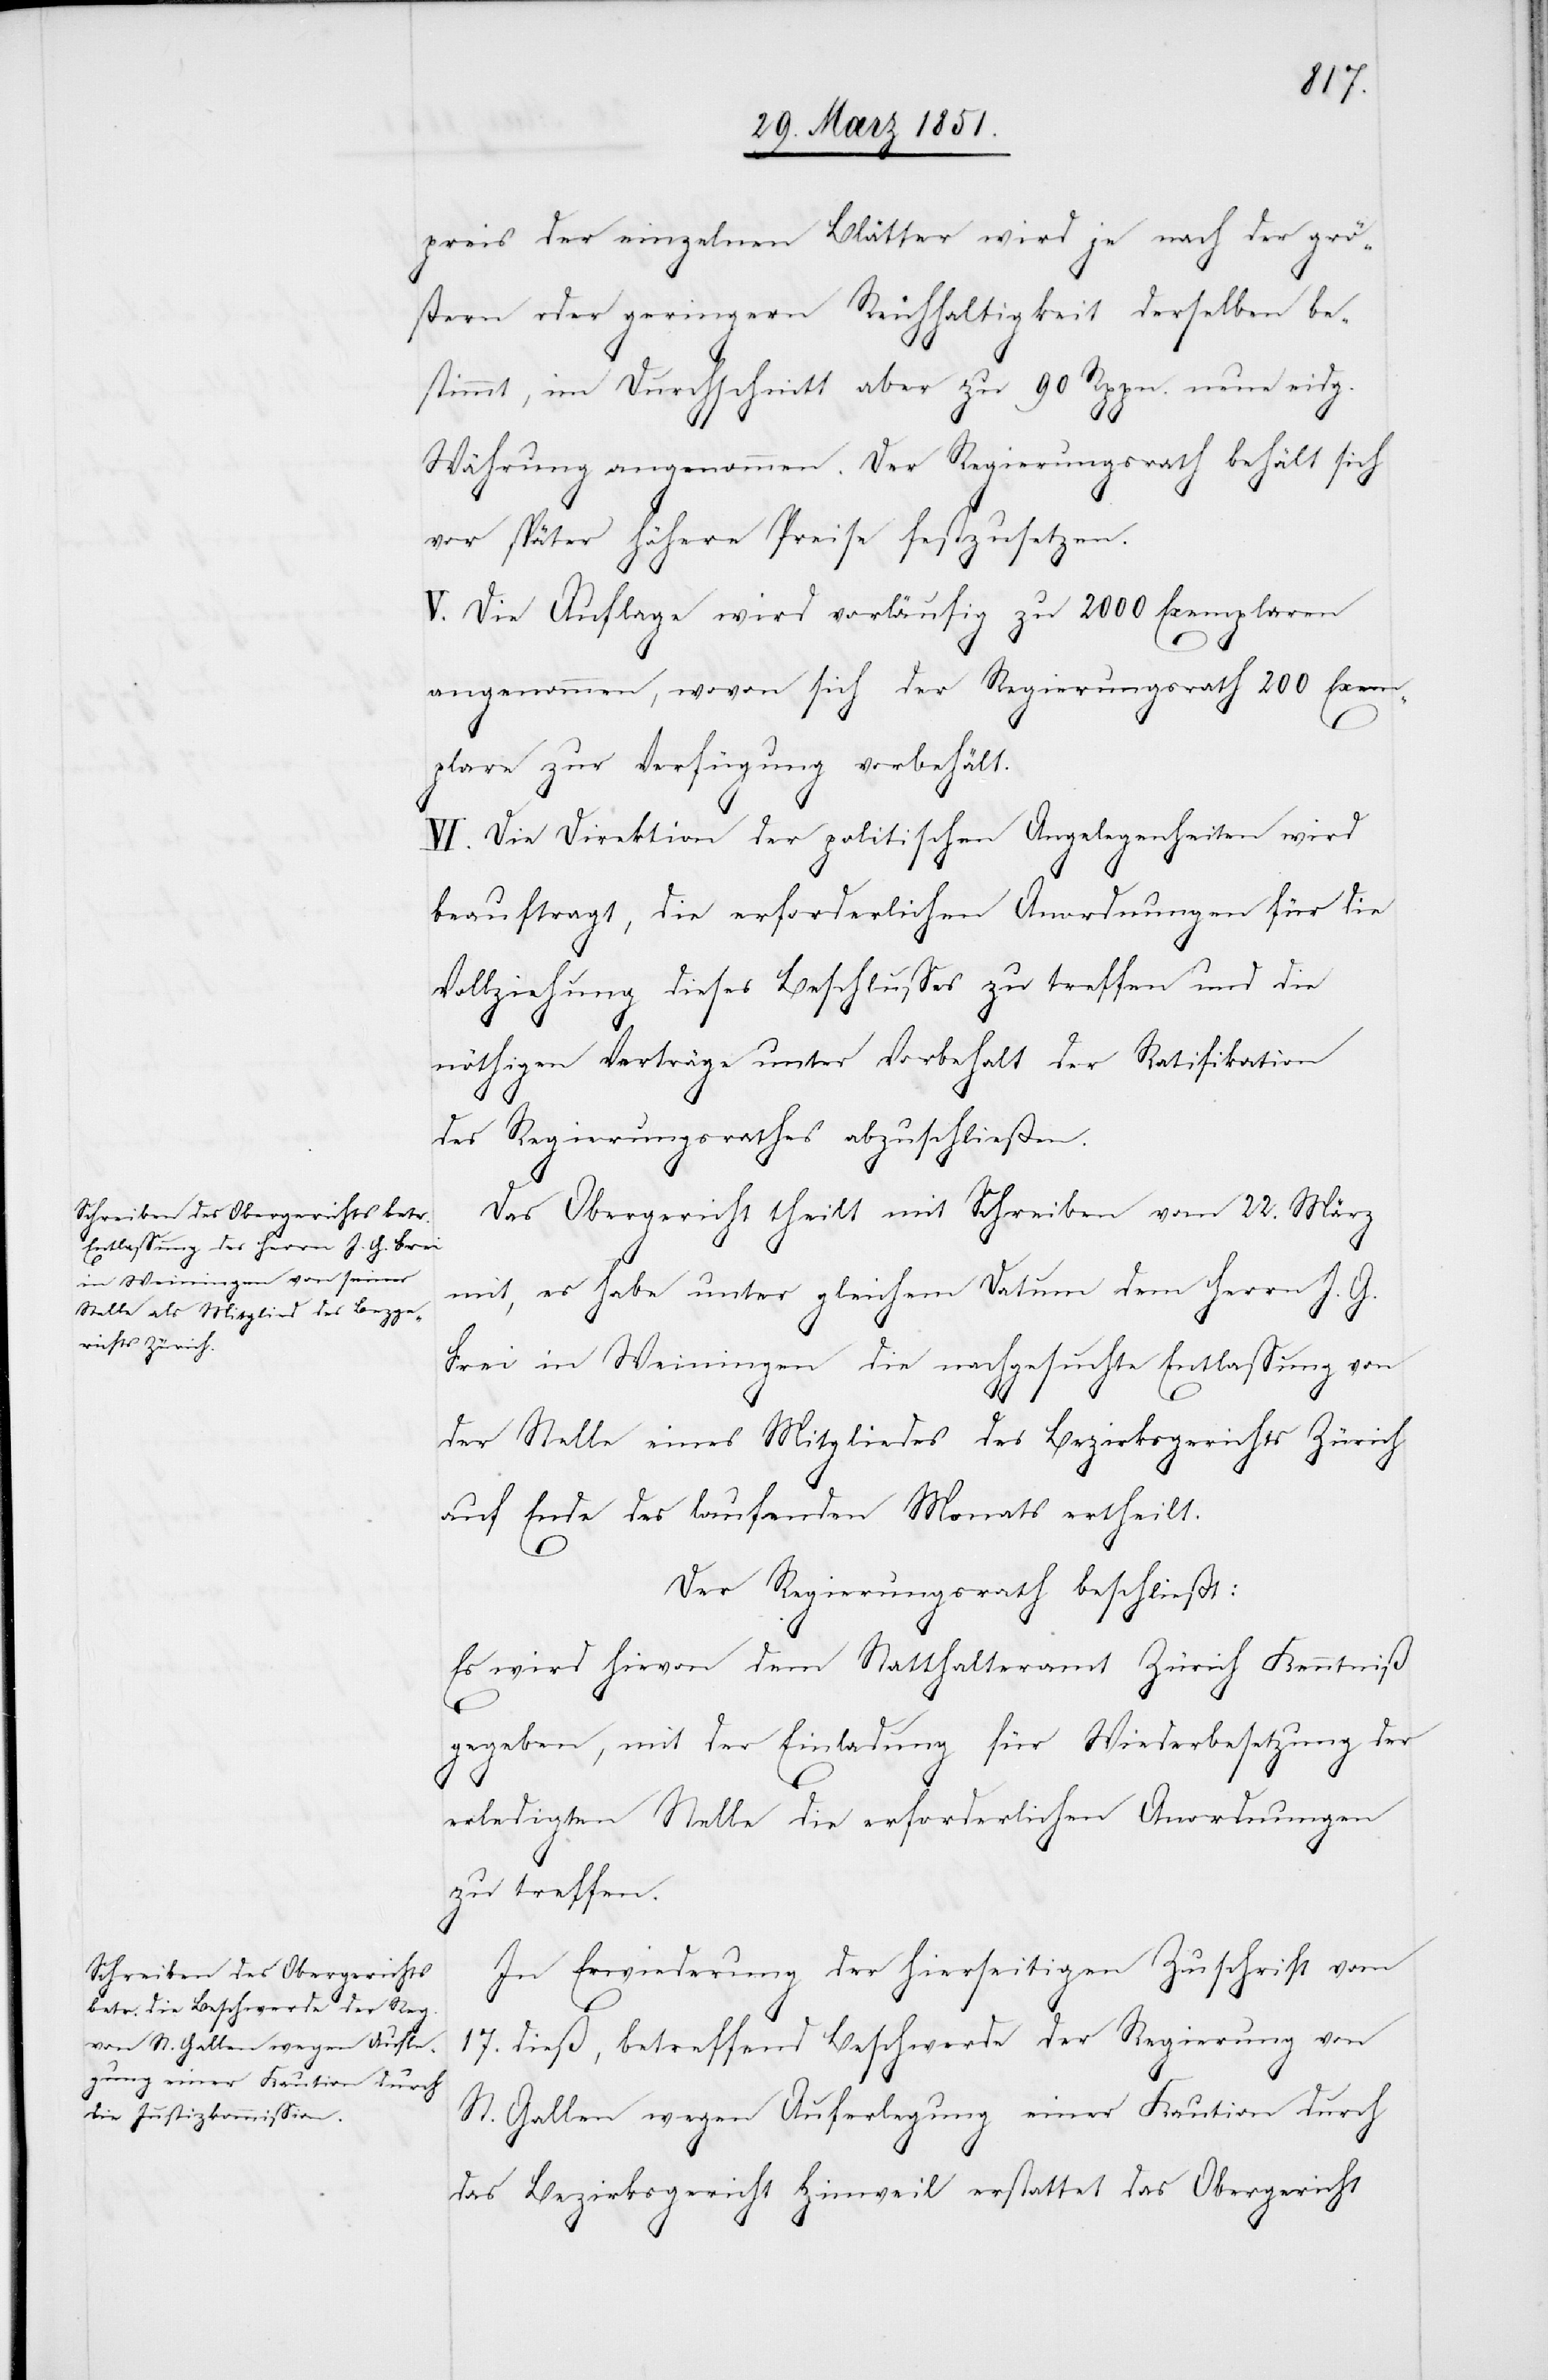
preis der einzelnen Blätter wird je nach der grö¬
ßern oder geringern Reichhaltigkeit derselben be¬
stimmt, im Durchschnitt aber zu 90 Rppn. neue eidg.
Währung angenommen. Der Regierungsrath behält sich
vor später höhere Preise festzusetzen.
V. Die Auflage wird vorläufig zu 2000 Exemplaren
angenommen, wovon sich der Regierungsrath 200 Exem¬
plare zur Verfügung vorbehält.
VI. Die Direktion der politischen Angelegenheiten wird
beauftragt, die erforderlichen Anordnungen für die
Vollziehung dieses Beschlusses zu treffen und die
nöthigen Verträge unter Vorbehalt der Ratifikation
des Regierungsrathes abzuschließen.
Das Obergericht theilt mit Schreiben vom 22. März
mit, es habe unter gleichem Datum dem Herrn J. G.
Frei in Weiningen die nachgesuchte Entlassung von
der Stelle eines Mitgliedes des Bezirksgerichts Zürich
auf Ende des laufenden Monats ertheilt.
Der Regierungsrath beschließt:
Es wird hievon dem Statthalteramt Zürich Kenntniß
gegeben, mit der Einladung für Wiederbesetzung der
erledigten Stelle die erforderlichen Anordnungen
zu treffen.
In Erwiederung der hierseitigen Zuschrift vom
17. dieß, betreffend Beschwerde der Regierung von
St. Gallen wegen Auferlegung einer Kaution durch
das Bezirksgericht Hinweil erstattet das Obergericht